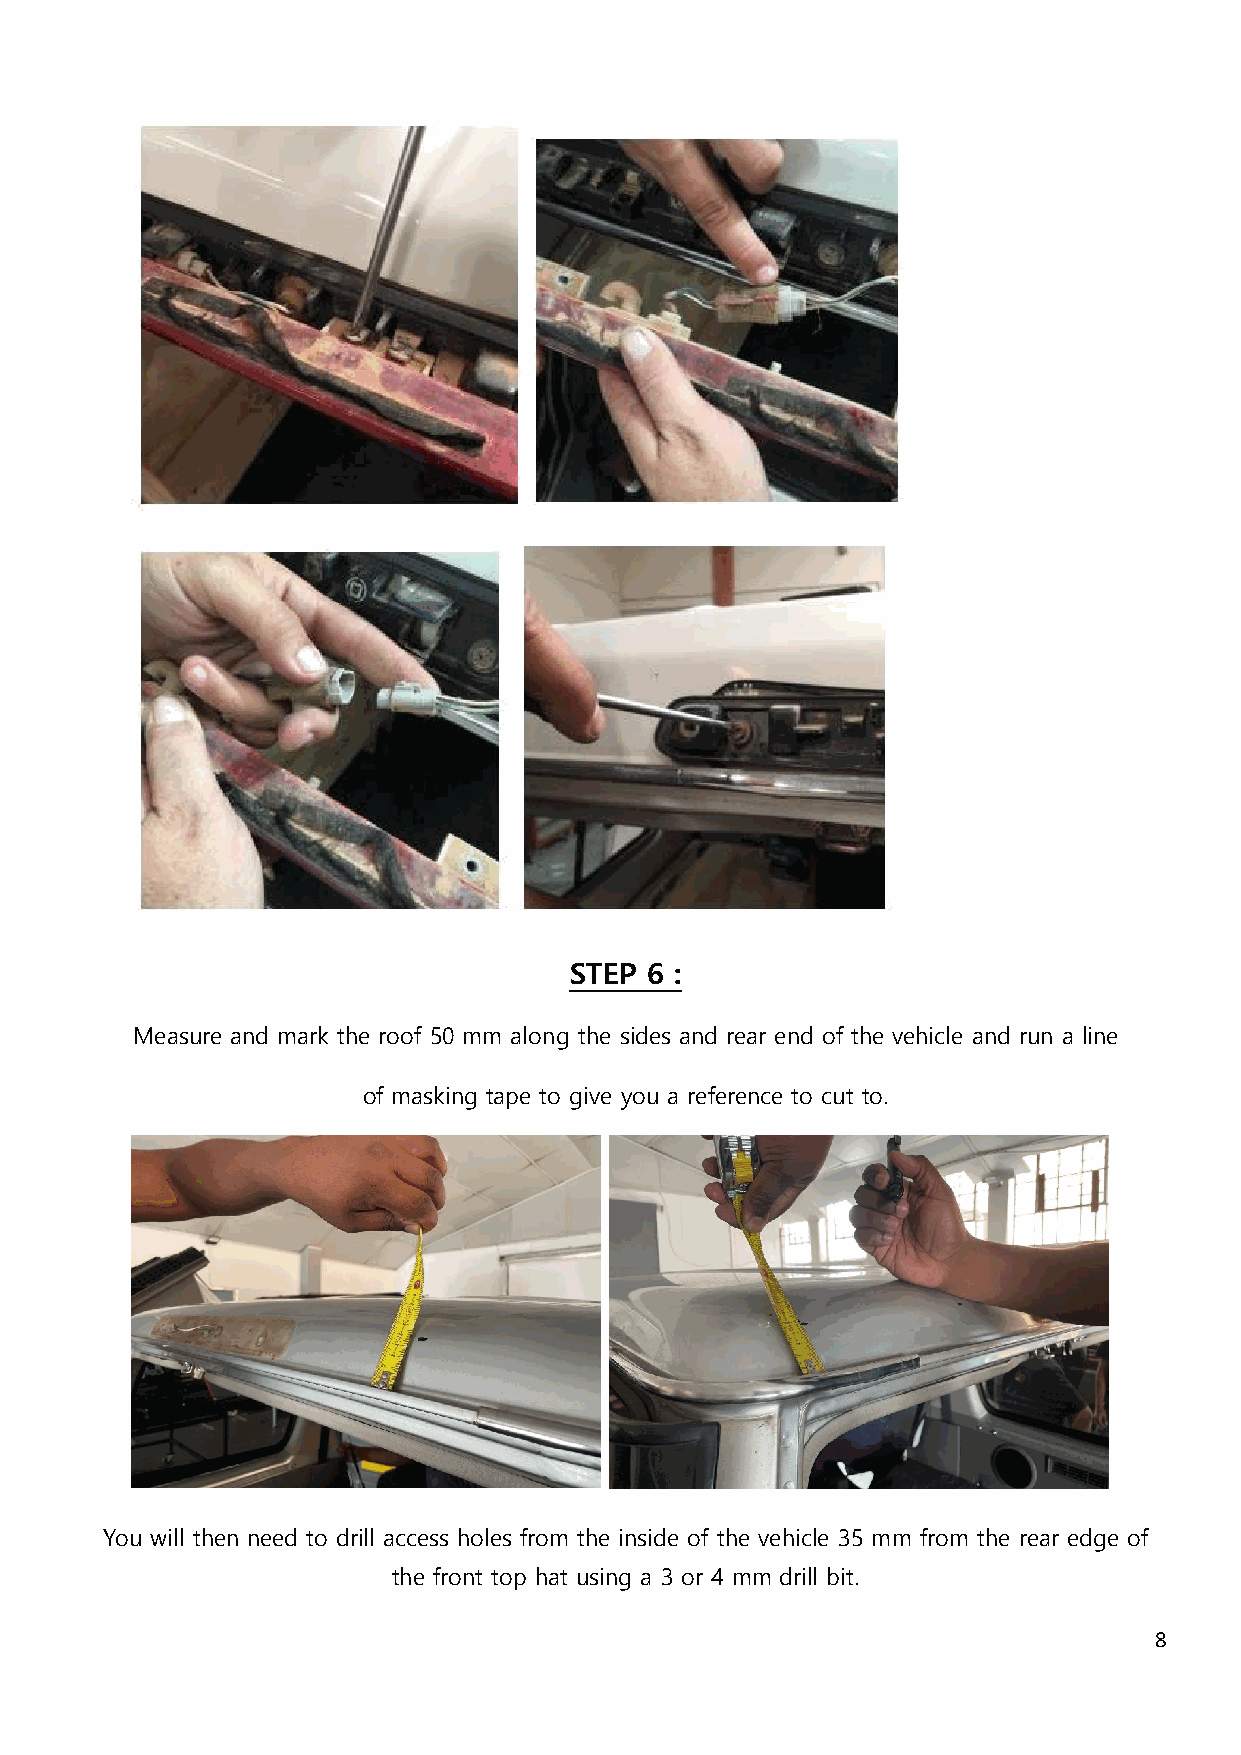
STEP 6 :
 Measure and mark the roof 50 mm along the sides and rear end of the vehicle and run a line
 of masking tape to give you a reference to cut to.
 You will then need to drill access holes from the inside of the vehicle 35 mm from the rear edge of
 the front top hat using a 3 or 4 mm drill bit.
 8